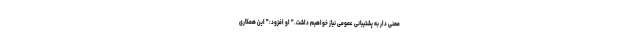
معنی دار به پشتیبانی عمومی نیاز خواهیم داشت." او افزود:" این همکاری